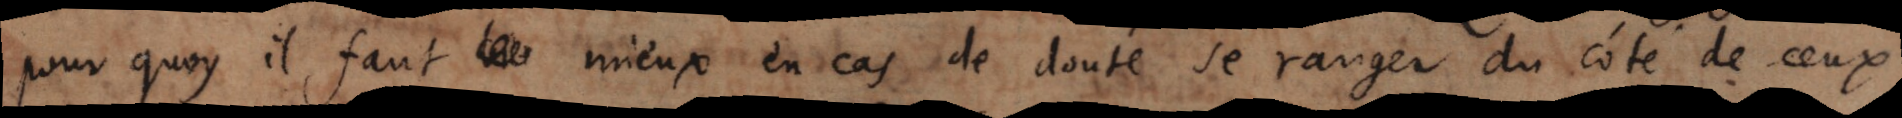
pourquoy il faut mieux en cas de doute se ranger du côté de ceux